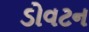
ડોવટન